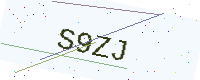
Text: S9ZJ